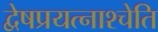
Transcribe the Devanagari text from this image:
द्वेषप्रयत्नाश्चेति